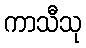
ကာသီသု